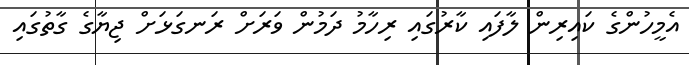
އެމީހުންގެ ކައިރިން ލާފައި ކާރުގައި ރިހާމު ދަމުން ވަރަށް ރަނގަޅަށް ޖިޔާގެ ގާތުގައި